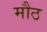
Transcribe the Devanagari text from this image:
मौठ